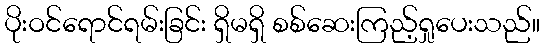
ပိုးဝင်ရောင်ရမ်းခြင်း ရှိမရှိ စစ်ဆေးကြည့်ရှုပေးသည်။